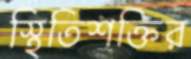
স্থিতিশক্তির